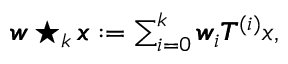
\begin{array} { r } { \pmb { w } \star _ { k } \pmb { x } : = \sum _ { i = 0 } ^ { k } { \pmb { w } _ { i } \pmb { T } ^ { ( i ) } } x , } \end{array}